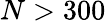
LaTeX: N>300